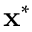
\mathbf { x } ^ { \ast }